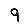
Digit: 9